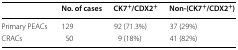
<table><thead><tr><td></td><td><b>No. of cases</b></td><td><b>CK7<sup>+</sup>/CDX2<sup>+</sup></b></td><td><b>Non-(CK7<sup>+</sup>/CDX2<sup>+</sup>)</b></td></tr></thead><tbody><tr><td>Primary PEACs</td><td>129</td><td>92 (71.3%)</td><td>37 (29%)</td></tr><tr><td>CRACs</td><td>50</td><td>9 (18%)</td><td>41 (82%)</td></tr></tbody></table>